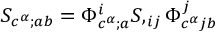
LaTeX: S _ { c ^ { \alpha } ; a b } = \Phi _ { c ^ { \alpha } ; a } ^ { i } S , _ { i j } \Phi _ { c ^ { \alpha } j b } ^ { j }